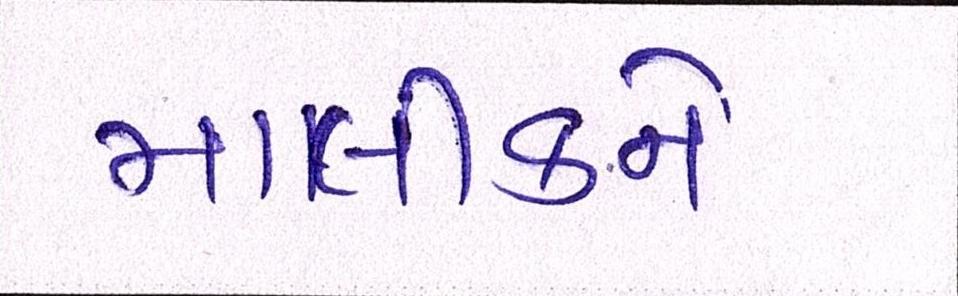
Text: માલીકને